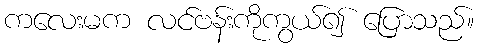
ကလေးမက လင်ဗန်းကိုကွယ်၍ ပြောသည်။